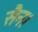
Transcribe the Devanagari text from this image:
सैन।